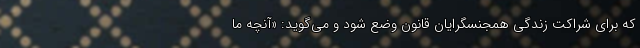
که برای شراکت زندگی همجنسگرایان قانون وضع شود و می‌گوید: «آنچه ما